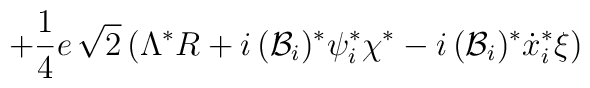
+\frac{1}{4}e\, \sqrt{2}\left( \Lambda ^{*}R+i\, ({\cal {B}}_{i})^{*}\psi^{*}_{i}\chi ^{*}-i\, ({\cal {B}}_{i})^{*}\dot{x}_{i}^{*}\xi \right)